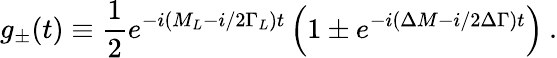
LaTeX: g_{\pm}(t)\equiv\frac{1}{2}e^{-i(M_{L}-i/2\Gamma_{L})t}\left(1\pm e^{-i(\Delta M-i/2\Delta\Gamma)t}\right)\: .